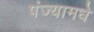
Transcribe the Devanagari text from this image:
पंज्यामधे